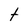
Character: t